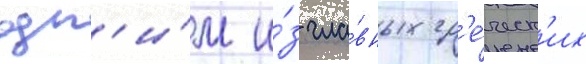
одн'и́м и́з гла́вных гр'е́ческ'их